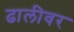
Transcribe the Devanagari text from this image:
ढालीवर